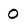
Character: 0